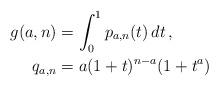
LaTeX: \begin{align*}g(a,n)&=\int_0^1 p_{a,n}(t)\,dt\,,\\q_{a,n}&=a(1+t)^{n-a}(1+t^a)\,\end{align*}